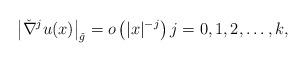
LaTeX: \begin{align*} \left|\check{\nabla}^j u(x) \right|_{\check{g}} = o\left( |x|^{-j}\right) j = 0, 1, 2, \ldots, k,\end{align*}